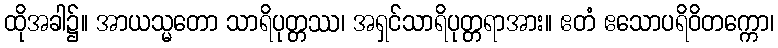
ထိုအခါ၌။ အာယသ္မတော သာရိပုတ္တဿ၊ အရှင်သာရိပုတ္တရာအား။ ဧတံ ဧသောပရိဝိတက္ကော၊